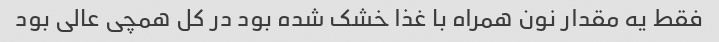
فقط یه مقدار نون همراه با غذا خشک شده بود در کل همچی عالی بود